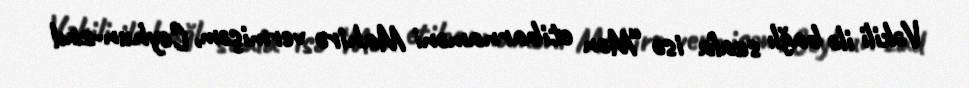
Vəkili ilə bağlı suala isə “Mən etibarnaməni Mahirə vermişəm, Ceyhun-zad